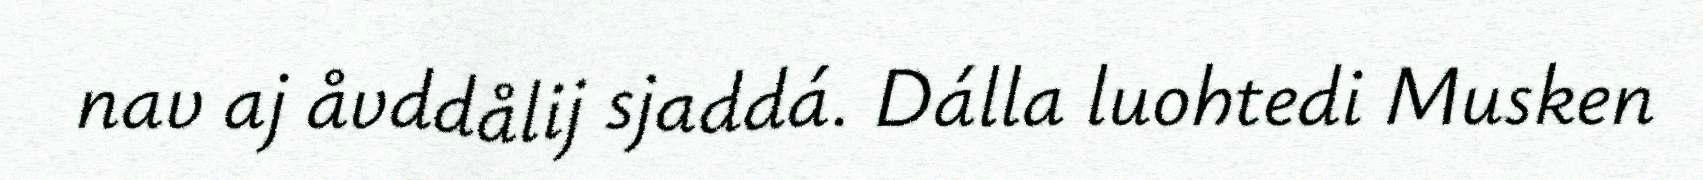
nav aj åvddålij sjaddá. Dálla luohtedi Musken